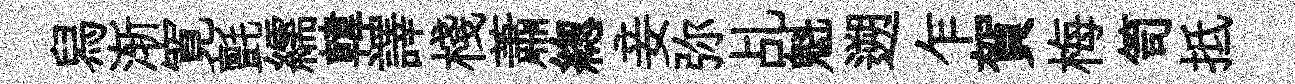
舄渐寛氈繻韓譯棧蕭緫妾弥乩魁遡乍賀梅笥抵